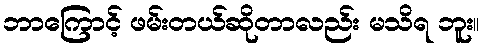
ဘာကြောင့် ဖမ်းတယ်ဆိုတာလည်း မသိရ ဘူး။